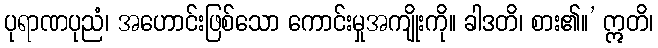
ပုရာဏပုညံ၊ အဟောင်းဖြစ်သော ကောင်းမှုအကျိုးကို။ ခါဒတိ၊ စား၏။’ ဣတိ၊